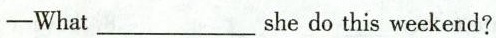
——What___she do this weekend?